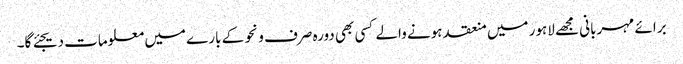
برائے مہربانی مجھے لاہور میں منعقد ہونے والے کسی بھی دورہ صرف و نحو کے بارے میں معلومات دیجئے گا۔